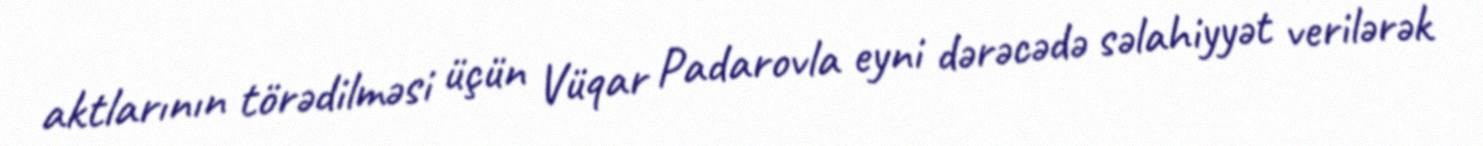
aktlarının törədilməsi üçün Vüqar Padarovla eyni dərəcədə səlahiyyət verilərək